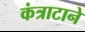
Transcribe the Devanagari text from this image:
कंत्राटाने